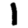
Digit: 1